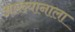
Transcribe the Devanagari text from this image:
आख्यानाला